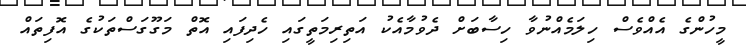
މީހުންގެ އެއްވެސް ހިލަމެއްނުވާ ހިސާބަށް ދެވުމާއެކު އަތިރިމަތީގައި ހެދިފައި އޮތް މަގޫގަސްތަކުގެ އޮފިތައް